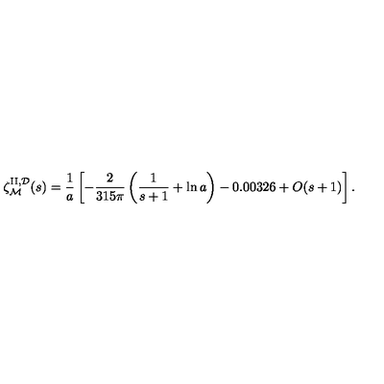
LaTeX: \zeta _ { \cal M } ^ { \mathrm { I I } , { \cal D } } ( s ) = { \frac { 1 } { a } } \left[ - { \frac { 2 } { 3 1 5 \pi } } \left( { \frac { 1 } { s + 1 } } + \ln a \right) - 0 . 0 0 3 2 6 + O ( s + 1 ) \right] .